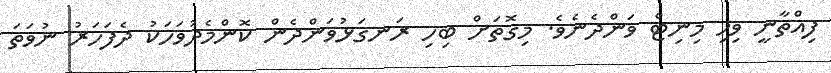
ފިއްތާނީ ވިހި މިނިޓް ވަންދެނެވެ. މިގޮތަށް ބިހި ރަނގަޅުވަންދެން ކޮންމެދުވަހަކު ދެފަހަރު ނުވަތަ